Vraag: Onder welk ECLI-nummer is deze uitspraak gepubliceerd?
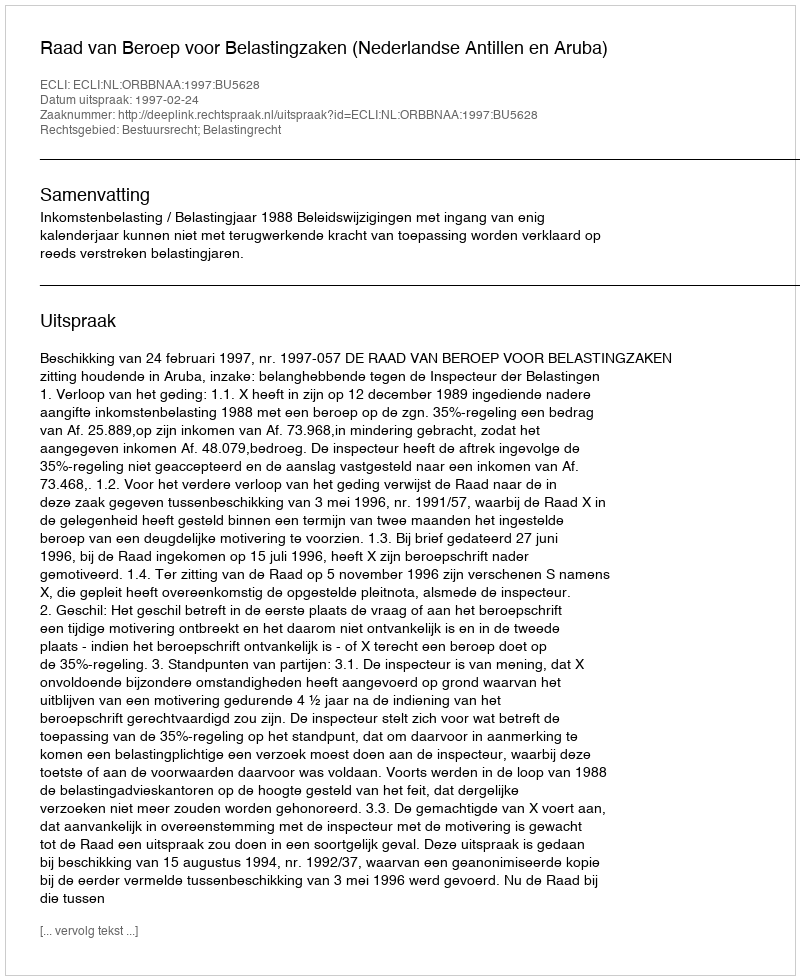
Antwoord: ECLI:NL:ORBBNAA:1997:BU5628